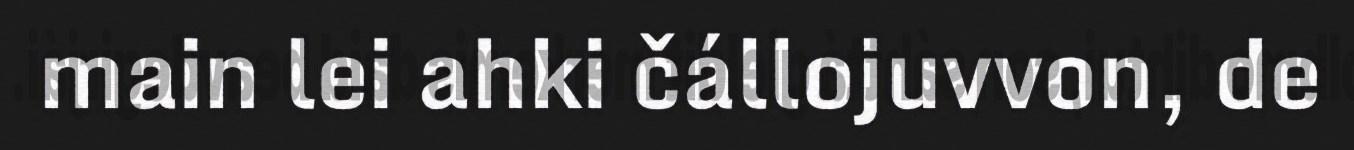
main lei ahki čállojuvvon, de